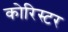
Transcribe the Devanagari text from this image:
कोरिस्टर